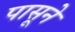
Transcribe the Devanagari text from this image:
पासूने